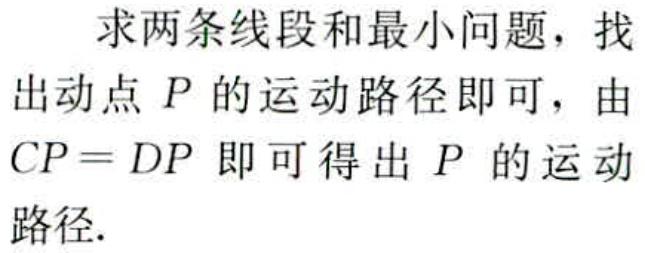
求两条线段和最小问题，找出动点 \(P\) 的运动路径即可，由 \(CP = DP\) 即可得出 \(P\) 的运动路径.